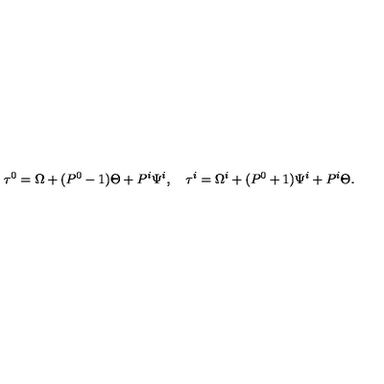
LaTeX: \tau ^ { 0 } = \Omega + ( P ^ { 0 } - 1 ) \Theta + P ^ { i } \Psi ^ { i } , \quad \tau ^ { i } = \Omega ^ { i } + ( P ^ { 0 } + 1 ) \Psi ^ { i } + P ^ { i } \Theta .